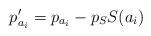
LaTeX: \begin{align*} p'_{a_i}=p_{a_i}-p_S S(a_i)\end{align*}